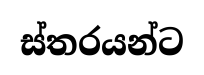
ස්තරයන්ට